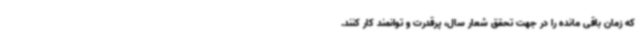
که زمان باقی مانده را در جهت تحقق شعار سال، پرقدرت و توانمند کار کنند.